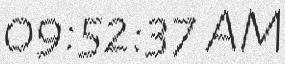
09:52:37 AM